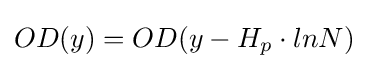
OD(y)=OD(y-H_{p}\cdot lnN)